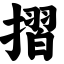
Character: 摺